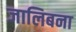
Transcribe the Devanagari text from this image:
जालिबना